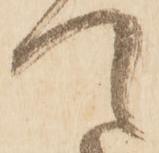
て